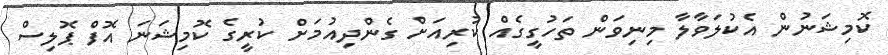
ކޮމިޝަނުން އެކުލަވާލާ މިނިވަން ތަހުގީގެއް ކުރިއަށް ގެންދިއުމަށް ކުރީގެ ކޮމިޝަނަ އޮފް ޕޮލިސް